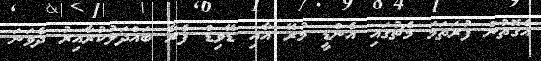
އެގޮތުން ފުރަތަމަ މެޗުގައި އެންޑީ މުރޭ އާއި ޑޭވިޑް ފެރާ ބައްދަލުކުރާއިރު ދެވަނަ